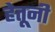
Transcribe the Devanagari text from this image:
हेतूनी